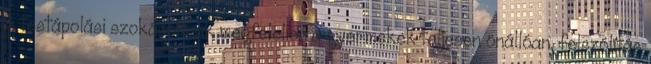
A testápolási szokásoknak megfelelıen a gyermekek teljesen önállóan, felszólítás